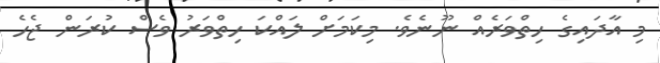
މި އާދައިގެ ހިތްވަރެއް ނޫނެވެ. މިކަމަށް ލައްކަ ހިތްވަރު ވެސް ކުރަން ޖެހެ